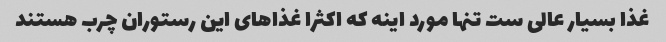
غذا بسیار عالی ست تنها مورد اینه که اکثرا غذاهای این رستوران چرب هستند